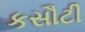
કસૌટી